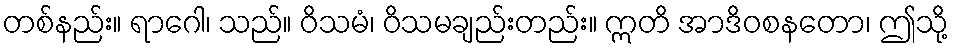
တစ်နည်း။ ရာဂေါ၊ သည်။ ဝိသမံ၊ ဝိသမချည်းတည်း။ ဣတိ အာဒိဝစနတော၊ ဤသို့